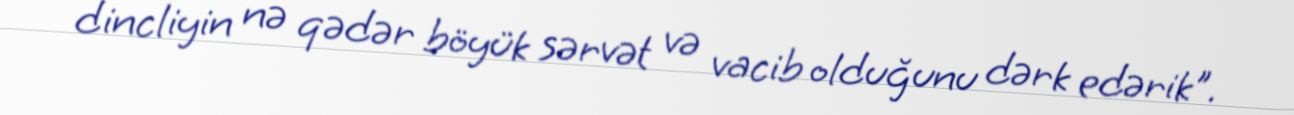
dincliyin nə qədər böyük sərvət və vacib olduğunu dərk edərik".